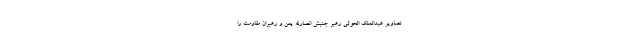
تصاویر عبدالملک الحوثی رهبر جنبش انصارالله یمن و رهبران مقاومت را